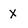
Character: X